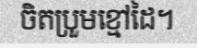
ចិតប្រួមខ្មៅដៃ។